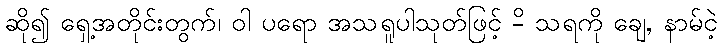
ဆို၍ ရှေ့အတိုင်းတွက်၊ ဝါ ပရော အသရူပါသုတ်ဖြင့် -ိ သရကို ချေ, နာမ်ငဲ့